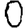
Digit: 0